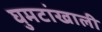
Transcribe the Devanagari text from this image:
घुमटांखाली